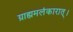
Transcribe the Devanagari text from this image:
ग्राह्ममलंकारात्।